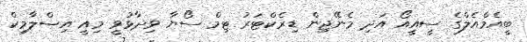
ބީއެމްއެލްގެ ސީއީއޯ އަދި މެނޭޖިން ޑިރެކްޓަރު ޓިމް ސޯޔާ ވިދާޅުވީ މިއީ އިސްލާމިކް